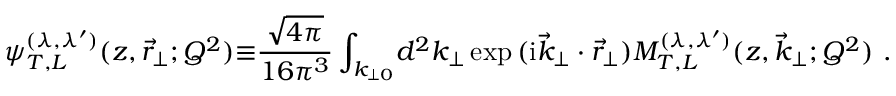
{ \psi } _ { T , L } ^ { ( \lambda , { \lambda } ^ { \prime } ) } ( z , { \vec { r } } _ { \perp } ; Q ^ { 2 } ) { \equiv } \frac { \sqrt { 4 \pi } } { 1 6 { \pi } ^ { 3 } } \int _ { k _ { \perp 0 } } \! d ^ { 2 } { k } _ { \perp } \exp { ( \mathrm { i } { \vec { k } } _ { \perp } \cdot { \vec { r } } _ { \perp } ) } { \cal M } _ { T , L } ^ { ( \lambda , { \lambda } ^ { \prime } ) } ( z , { \vec { k } } _ { \perp } ; Q ^ { 2 } ) \ .